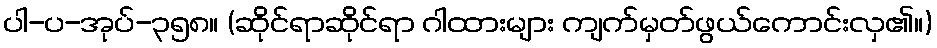
ပါ-ပ-အုပ်-၃၅၈။ (ဆိုင်ရာဆိုင်ရာ ဂါထားများ ကျက်မှတ်ဖွယ်ကောင်းလှ၏။)